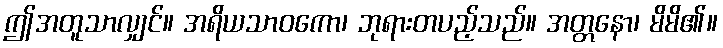
ဤအတူသာလျှင်။ အရိယသာဝကော၊ ဘုရားတပည့်သည်။ အတ္တနော၊ မိမိ၏။